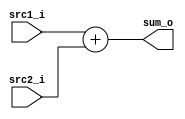
// 0317001_0310511
//Subject:     CO project 2 - Adder
//--------------------------------------------------------------------------------
//Version:     1
//--------------------------------------------------------------------------------
//Writer:      
//----------------------------------------------
//Date:        
//----------------------------------------------
//Description: 
//--------------------------------------------------------------------------------

module Adder(
	src1_i,
	src2_i,
	sum_o
);
     
//I/O ports
input  [32-1:0]  src1_i;
input  [32-1:0]	 src2_i;
output [32-1:0]	 sum_o;

//Internal Signals
reg    [32-1:0]	 sum_o;

//Main function
always @(*) begin
	sum_o <= src1_i + src2_i;
end

endmodule